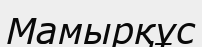
Мамырқұс